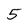
Character: 5